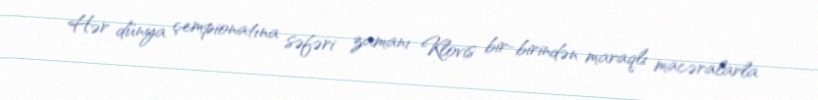
Hər dünya çempionatına səfəri zamanı Klovis bir-birindən maraqlı macəralarla